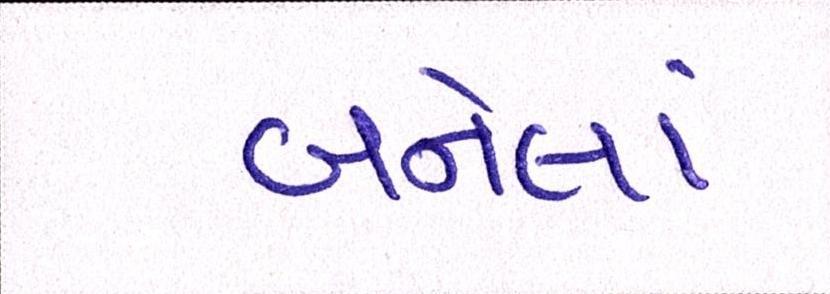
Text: બનેલાં